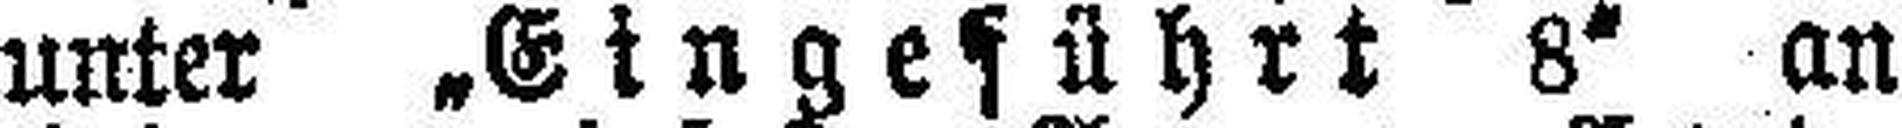
unter „Eingeführt 8“ an